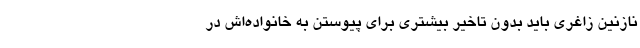
نازنین زاغری باید بدون تاخیر بیشتری برای پیوستن به خانواده‌اش در